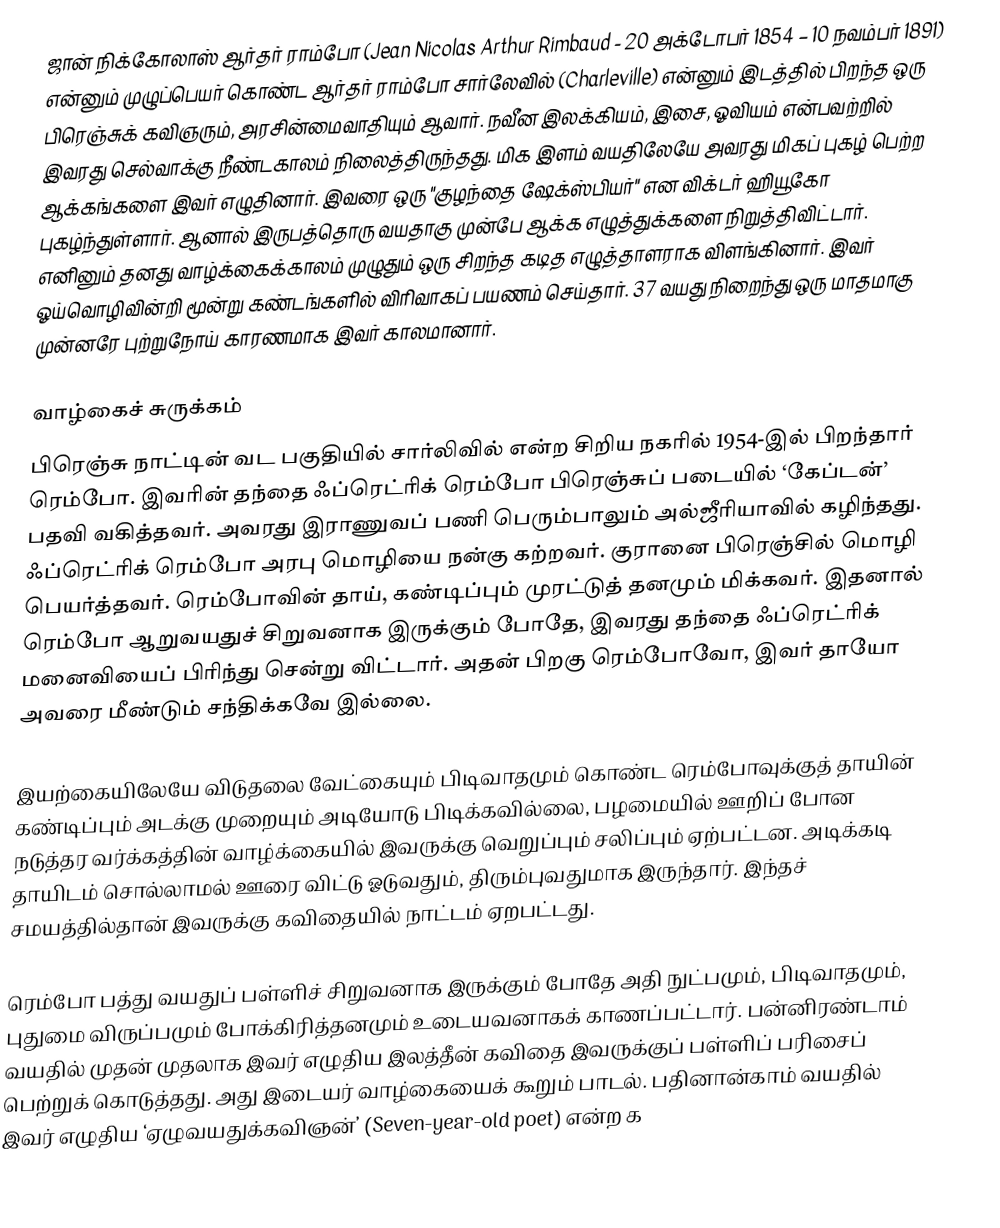
ஜான் நிக்கோலாஸ் ஆர்தர் ராம்போ (Jean Nicolas Arthur Rimbaud - 20 அக்டோபர் 1854 – 10 நவம்பர் 1891) என்னும் முழுப்பெயர் கொண்ட ஆர்தர் ராம்போ சார்லேவில் (Charleville) என்னும் இடத்தில் பிறந்த ஒரு பிரெஞ்சுக் கவிஞரும், அரசின்மைவாதியும் ஆவார். நவீன இலக்கியம், இசை, ஓவியம் என்பவற்றில் இவரது செல்வாக்கு நீண்டகாலம் நிலைத்திருந்தது. மிக இளம் வயதிலேயே அவரது மிகப் புகழ் பெற்ற ஆக்கங்களை இவர் எழுதினார். இவரை ஒரு "குழந்தை ஷேக்ஸ்பியர்" என விக்டர் ஹியூகோ புகழ்ந்துள்ளார். ஆனால் இருபத்தொரு வயதாகு முன்பே ஆக்க எழுத்துக்களை நிறுத்திவிட்டார். எனினும் தனது வாழ்க்கைக்காலம் முழுதும் ஒரு சிறந்த கடித எழுத்தாளராக விளங்கினார். இவர் ஓய்வொழிவின்றி மூன்று கண்டங்களில் விரிவாகப் பயணம் செய்தார். 37 வயது நிறைந்து ஒரு மாதமாகு முன்னரே புற்றுநோய் காரணமாக இவர் காலமானார்.

வாழ்கைச் சுருக்கம்
பிரெஞ்சு நாட்டின் வட பகுதியில் சார்லிவில் என்ற சிறிய நகரில் 1954-இல் பிறந்தார் ரெம்போ. இவரின் தந்தை ஃப்ரெட்ரிக் ரெம்போ பிரெஞ்சுப் படையில் ‘கேப்டன்’ பதவி வகித்தவர். அவரது இராணுவப் பணி பெரும்பாலும் அல்ஜீரியாவில் கழிந்தது. ஃப்ரெட்ரிக் ரெம்போ அரபு மொழியை நன்கு கற்றவர். குரானை பிரெஞ்சில் மொழி பெயர்த்தவர்.  ரெம்போவின் தாய், கண்டிப்பும் முரட்டுத் தனமும் மிக்கவர். இதனால் ரெம்போ ஆறுவயதுச் சிறுவனாக இருக்கும் போதே, இவரது தந்தை ஃப்ரெட்ரிக் மனைவியைப் பிரிந்து சென்று விட்டார். அதன் பிறகு ரெம்போவோ, இவர் தாயோ அவரை மீண்டும் சந்திக்கவே இல்லை.

இயற்கையிலேயே விடுதலை வேட்கையும் பிடிவாதமும் கொண்ட ரெம்போவுக்குத் தாயின் கண்டிப்பும் அடக்கு முறையும் அடியோடு பிடிக்கவில்லை, பழமையில் ஊறிப் போன நடுத்தர வர்க்கத்தின் வாழ்க்கையில் இவருக்கு வெறுப்பும் சலிப்பும் ஏற்பட்டன. அடிக்கடி தாயிடம் சொல்லாமல் ஊரை விட்டு ஓடுவதும், திரும்புவதுமாக இருந்தார். இந்தச் சமயத்தில்தான் இவருக்கு கவிதையில் நாட்டம் ஏறபட்டது.

ரெம்போ பத்து வயதுப் பள்ளிச் சிறுவனாக இருக்கும் போதே அதி நுட்பமும், பிடிவாதமும், புதுமை விருப்பமும் போக்கிரித்தனமும் உடையவனாகக் காணப்பட்டார். பன்னிரண்டாம் வயதில் முதன் முதலாக இவர் எழுதிய இலத்தீன் கவிதை இவருக்குப் பள்ளிப் பரிசைப் பெற்றுக் கொடுத்தது. அது இடையர் வாழ்கையைக் கூறும் பாடல். பதினான்காம் வயதில் இவர் எழுதிய ‘ஏழுவயதுக்கவிஞன்’ (Seven-year-old poet) என்ற க